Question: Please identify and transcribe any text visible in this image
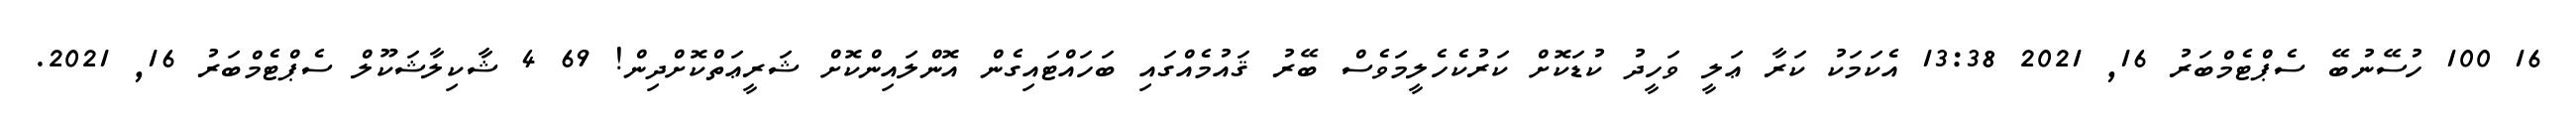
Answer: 16 100 ހުސޭނުބޭ ސެޕްޓެމްބަރު 16, 2021 13:38 އެކަމަކު ކަރާ ޢަލީ ވަހީދު ކުޑަކޮށް ކަރުކެހެލީމަވެސް ބޭރު ޤައުމެއްގައި ބަހައްޓައިގެން އޮންލައިންކޮށް ޝަރީޢަތްކޮށްދިން! 69 4 ޝާކިލާޝަކޫލް ސެޕްޓެމްބަރު 16, 2021.